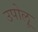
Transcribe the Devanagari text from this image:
उपोलू